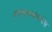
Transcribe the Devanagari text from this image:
शासनव्यवस्थेस